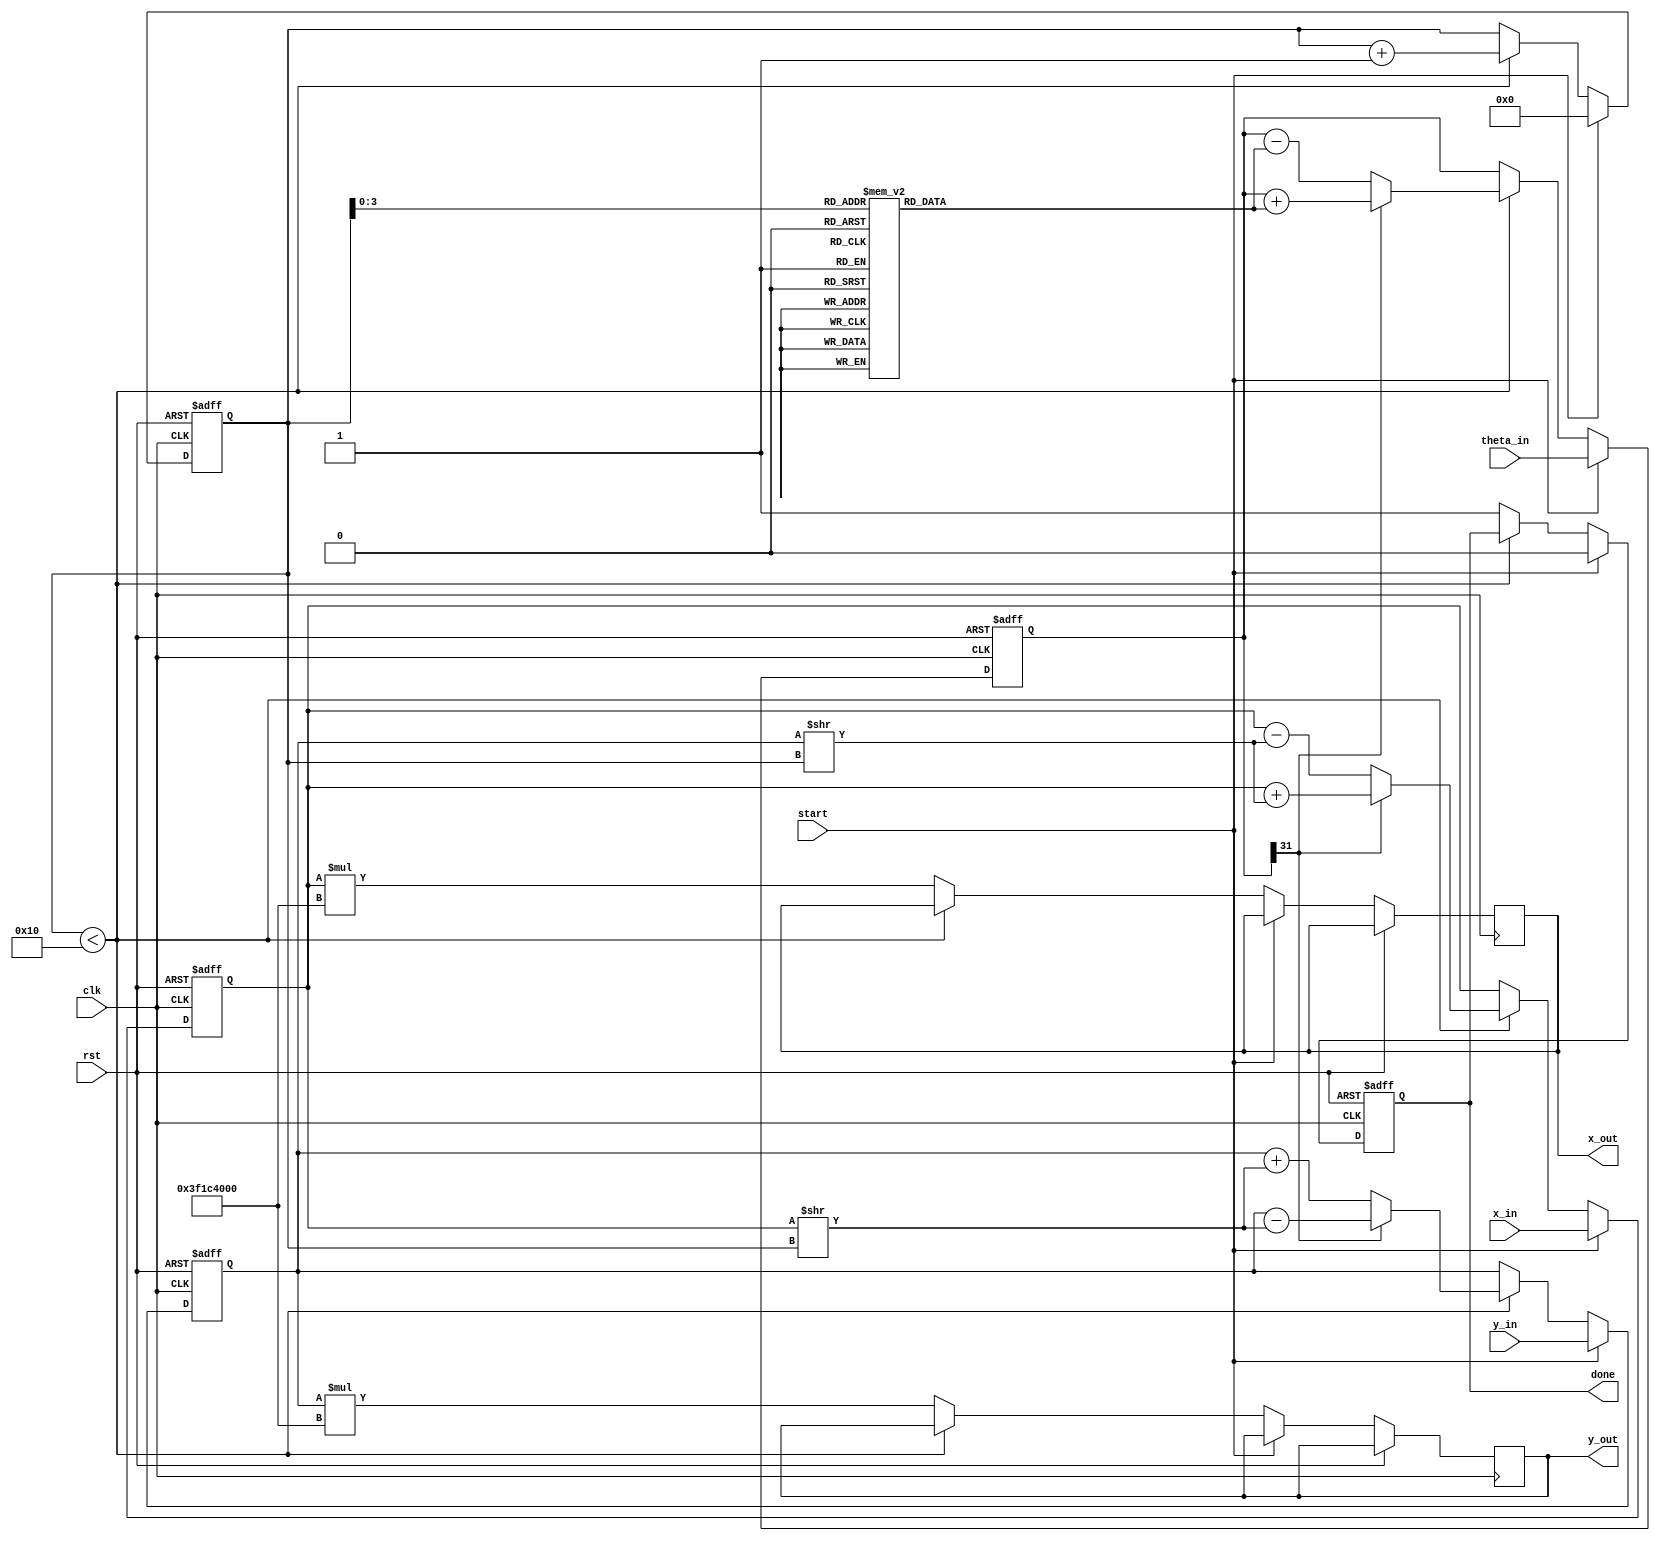
module cordic (
    input wire clk,
    input wire rst,
    input wire start,
    input wire [31:0] x_in, // IEEE 754 single precision float
    input wire [31:0] y_in, // IEEE 754 single precision float
    input wire [31:0] theta_in, // Angle in radians (also IEEE 754)
    output reg [31:0] x_out, // Resulting X in IEEE 754
    output reg [31:0] y_out, // Resulting Y in IEEE 754
    output reg done
);

    // CORDIC parameters
    reg [31:0] x, y, z; // Internal registers for x, y, z
    reg [4:0] iteration; // Iteration counter
    reg [31:0] atan_table [0:15]; // Lookup table for arctangent values

    // Scaling factor for CORDIC
    parameter SCALE = 32'h3F1C4000; // Approx. 0.607 (in IEEE 754)

    initial begin
        // Initialize arctangent lookup table (in radians)
        atan_table[0] = 32'h3F000000; // atan(1) = 45 degrees
        atan_table[1] = 32'h3EFA0000; // atan(0.5)
        atan_table[2] = 32'h3E7A0000; // atan(0.25)
        atan_table[3] = 32'h3E2D0000; // atan(0.125)
        // Fill in the rest of the table...
    end

    always @(posedge clk or posedge rst) begin
        if (rst) begin
            x <= 32'b0;
            y <= 32'b0;
            z <= 32'b0;
            iteration <= 5'b0;
            done <= 1'b0;
        end else if (start) begin
            // Initialize inputs
            x <= x_in;
            y <= y_in;
            z <= theta_in;
            iteration <= 5'b0;
            done <= 1'b0;
        end else if (iteration < 16) begin // Number of iterations
            // CORDIC rotation logic
            if (z[31] == 1'b0) begin // Clockwise rotation
                x <= x - (y >> iteration);
                y <= y + (x >> iteration);
                z <= z - atan_table[iteration];
            end else begin // Counterclockwise rotation
                x <= x + (y >> iteration);
                y <= y - (x >> iteration);
                z <= z + atan_table[iteration];
            end
            iteration <= iteration + 1;
        end else begin
            // Scale the output
            x_out <= x * SCALE; // Scale the result
            y_out <= y * SCALE; // Scale the result
            done <= 1'b1; // Indicate completion
        end
    end
endmodule